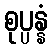
စုပ္ပန္နံ